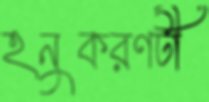
হনুকরণটী